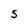
Character: S